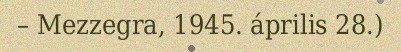
– Mezzegra, 1945. április 28.)